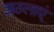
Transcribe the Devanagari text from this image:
झुठलाएं